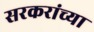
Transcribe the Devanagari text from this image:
सरकरांच्या